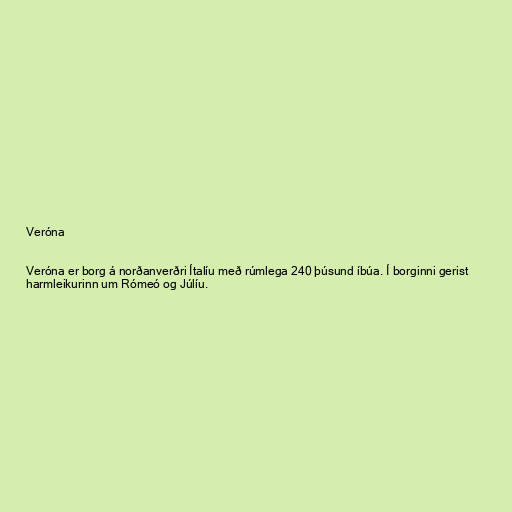
Veróna

Veróna er borg á norðanverðri Ítalíu með rúmlega 240 þúsund íbúa. Í borginni gerist
harmleikurinn um Rómeó og Júlíu.